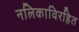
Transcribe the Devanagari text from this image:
नलिकाविरहित